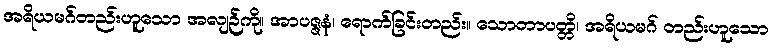
အရိယမဂ်တည်းဟူသော အလျဉ်ကို။ အာပဇ္ဇနံ၊ ရောက်ခြင်းတည်း။ သောတာပတ္တိ၊ အရိယမဂ် တည်းဟူသော